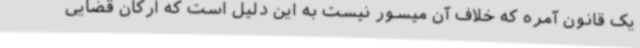
یک قانون آمره که خلاف آن میسور نیست به این دلیل است که ارکان قضایی